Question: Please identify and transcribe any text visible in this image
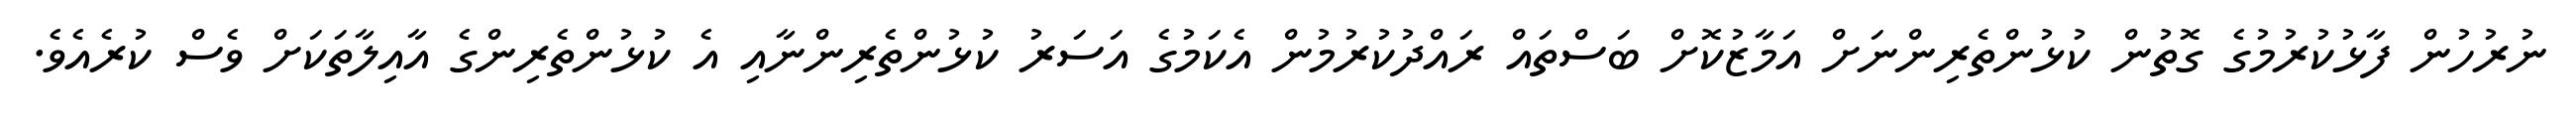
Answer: ނުރުހުން ފާޅުކުރުމުގެ ގޮތުން ކުޅުންތެރިންނަށް އަމާޒުކޮށް ބަސްތައް ރައްދުކުރުމުން އެކަމުގެ އަސަރު ކުޅުންތެރިންނާއި އެ ކުޅުންތެރިންގެ އާއިލާތަކަށް ވެސް ކުރެއެވެ.